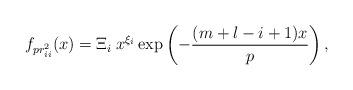
LaTeX: \begin{align*}f_{p r^{2}_{ii}}(x)=\Xi_{i}\:x^{\xi_{i}}\exp \left(-\frac{(m+l-i+1)x}{p}\right),\end{align*}